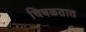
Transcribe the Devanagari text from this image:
चिघळतात